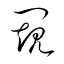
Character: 闚